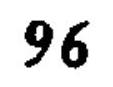
$96$